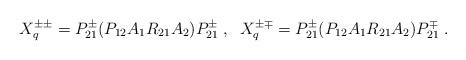
LaTeX: \begin{align*}X^{\pm \pm}_{q} =P^{\pm }_{21} ( P_{12}A_{1}R_{21}A_{2} ) P^{\pm }_{21} \; ,\;\; X^{\pm \mp}_{q} =P^{\pm }_{21} (P_{12}A_{1}R_{21}A_{2} ) P^{\mp }_{21} \; .\end{align*}